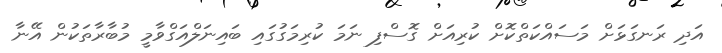
އަދި ރަނގަޅަށް މަސައްކަތްކޮށް ކުރިއަށް ގޮސްފި ނަމަ ކުރިމަގުގައި ބައިނަލްއަގްވާމީ މުބާރާތަކުން އޭނާ